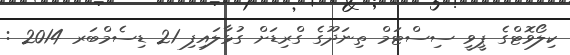
ކިލޯވޮޓްގެ ޕީވީ ސިސްޓަމް ތިނަދޫގެ ގްރިޑަށް ގުޅާލައިފި 21 ޑިސެމްބަރ 2014 :